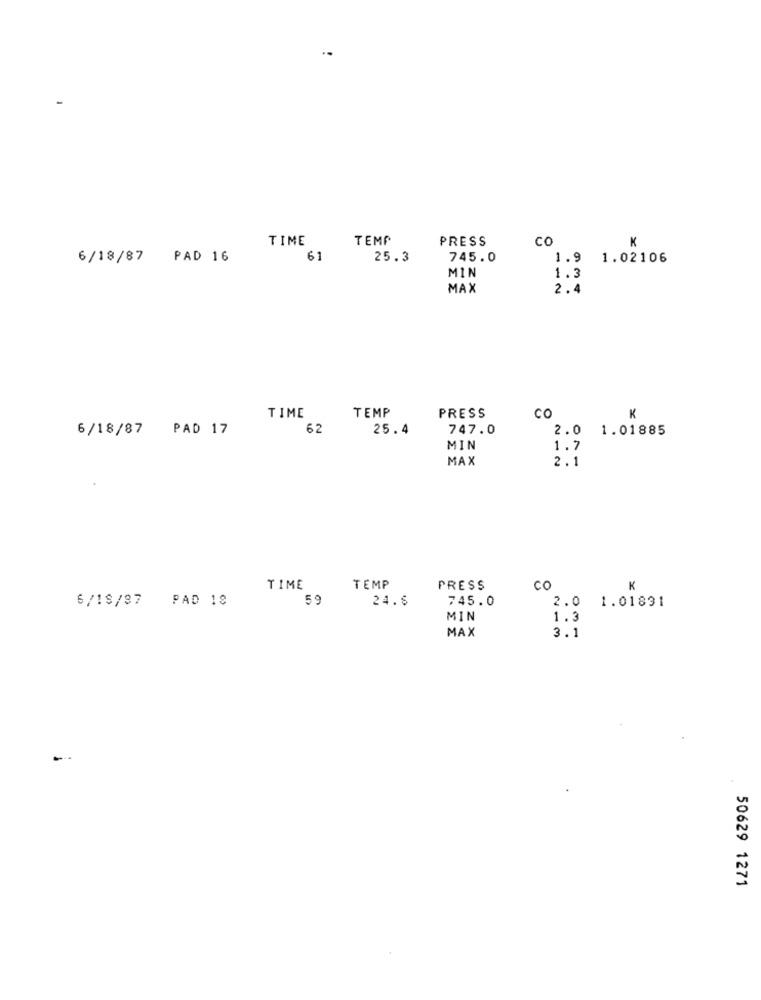
TIME
TEMP
PRESS
co
K
6/18/87 PAD 16
61
25.3
745.0
1.9 1.02106
MIN
1.3
MAX
2.4
TEMP
TIME
PRESS
CO
K
6/18/87 PAD 17
62
25.4
747.0
2.0 1.01885
MIN
1.7
MAX
2.1
TIME
TEMP
PRESS
CO
K
24.8
745.0
6/18/97 PAD 18
2.0 1.01891
MIN
1.3
MAX
3.1
-
50629 1271